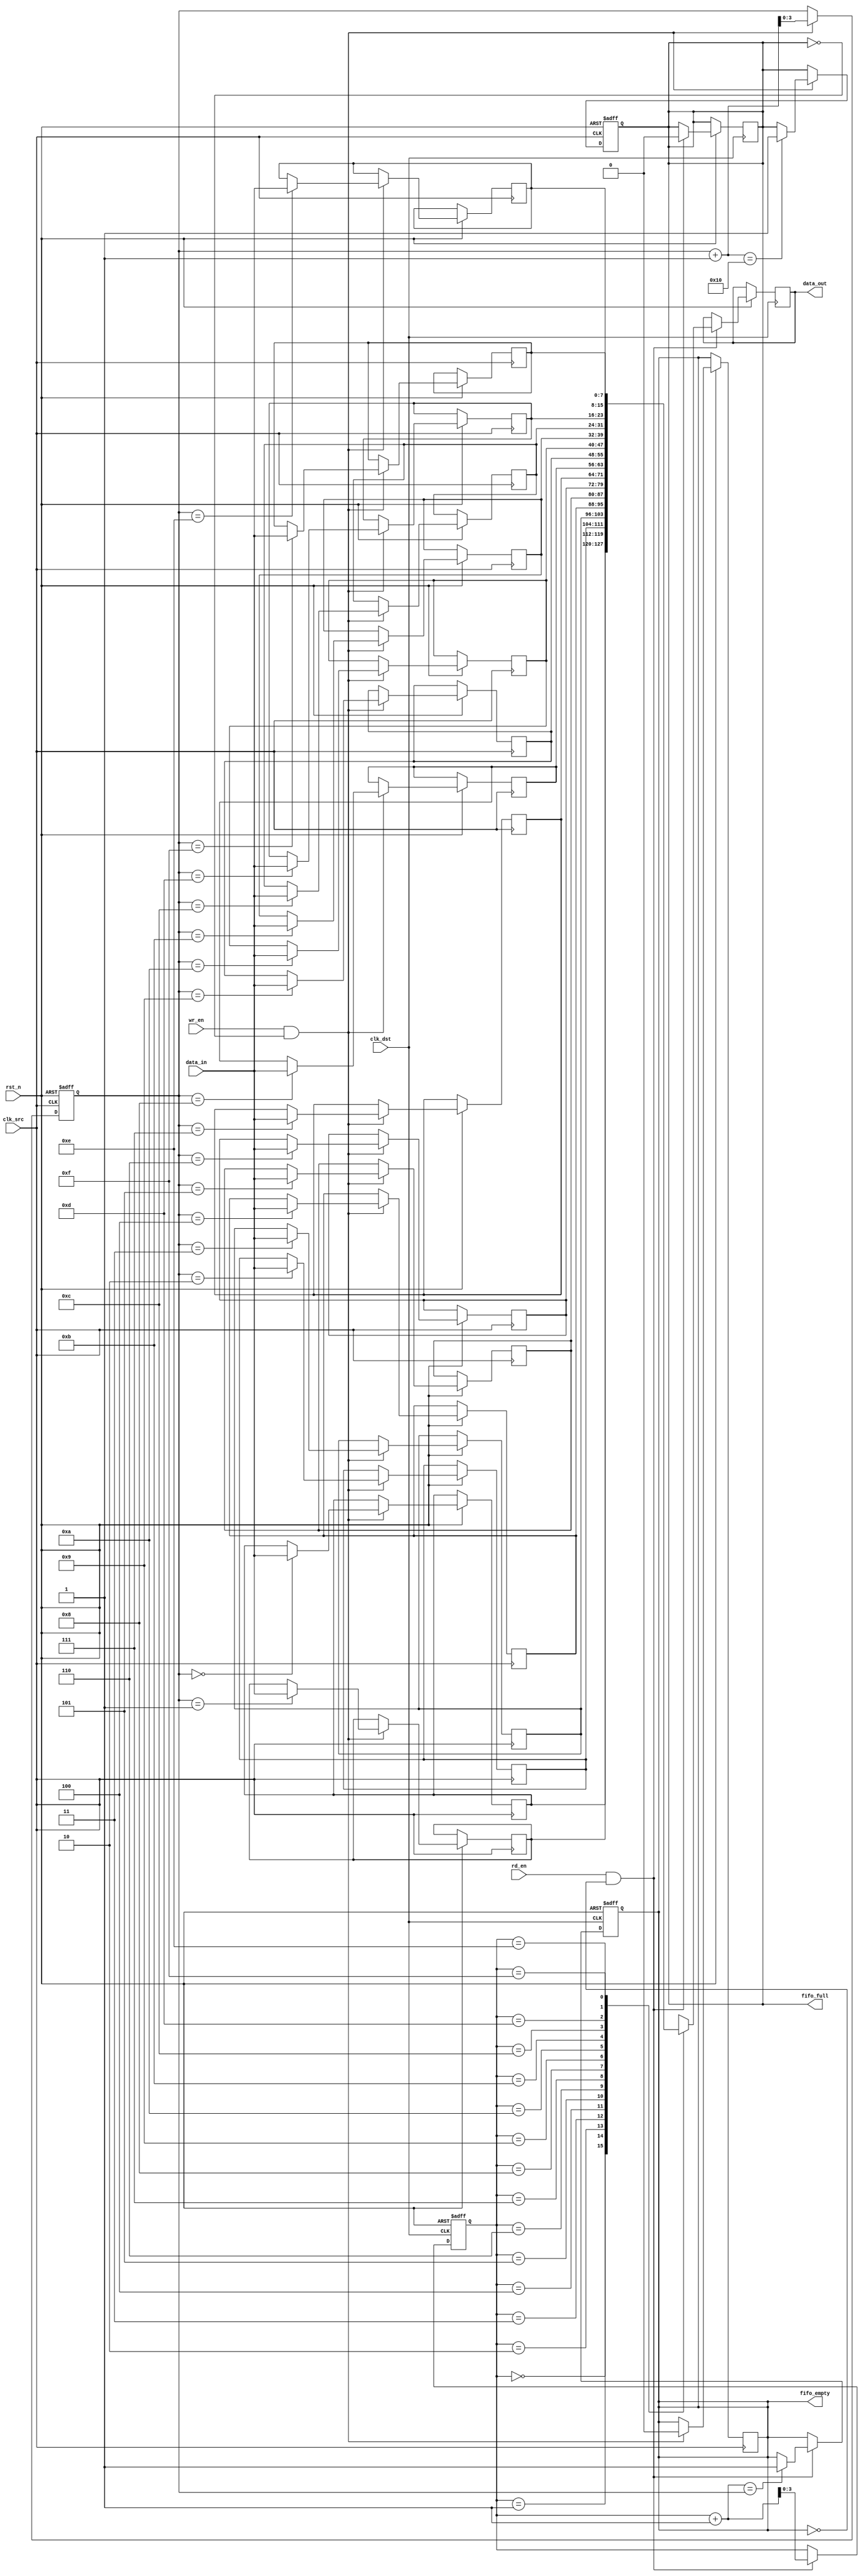
module fifo_synchronizer #(
    parameter DATA_WIDTH = 8,     // Width of the data bus
    parameter FIFO_DEPTH = 16      // Depth of the FIFO
)(
    input  wire                  clk_src,     // Source clock
    input  wire                  clk_dst,     // Destination clock
    input  wire                  rst_n,       // Active-low asynchronous reset
    input  wire [DATA_WIDTH-1:0] data_in,     // Data input from source clock domain
    input  wire                  wr_en,       // Write enable signal
    output wire                  fifo_full,    // FIFO full flag
    output wire                  fifo_empty,   // FIFO empty flag
    output wire [DATA_WIDTH-1:0] data_out,    // Data output to destination clock domain
    input  wire                  rd_en         // Read enable signal
);

// FIFO memory declaration
reg [DATA_WIDTH-1:0] fifo_mem [0:FIFO_DEPTH-1];

// Pointers for read and write operations
reg [clog2(FIFO_DEPTH)-1:0] wr_ptr;
reg [clog2(FIFO_DEPTH)-1:0] rd_ptr;

// Status flags
reg fifo_full_reg;
reg fifo_empty_reg;

// Write operation
always @(posedge clk_src or negedge rst_n) begin
    if (!rst_n) begin
        wr_ptr <= 0;
        fifo_full_reg <= 0;
    end else if (wr_en && !fifo_full_reg) begin
        fifo_mem[wr_ptr] <= data_in;
        wr_ptr <= wr_ptr + 1;
        if (wr_ptr + 1 == FIFO_DEPTH) begin
            fifo_full_reg <= 1;
        end
        fifo_empty_reg <= 0;
    end
end

// Read operation
always @(posedge clk_dst or negedge rst_n) begin
    if (!rst_n) begin
        rd_ptr <= 0;
        fifo_empty_reg <= 1;
    end else if (rd_en && !fifo_empty_reg) begin
        data_out <= fifo_mem[rd_ptr];
        rd_ptr <= rd_ptr + 1;
        if (rd_ptr + 1 == wr_ptr) begin
            fifo_empty_reg <= 1;
        end
        fifo_full_reg <= 0;
    end
end

// FIFO status flags
assign fifo_full = fifo_full_reg;
assign fifo_empty = fifo_empty_reg;

// Function to calculate the logarithm base 2
function integer clog2;
    input integer value;
    integer i;
    begin
        clog2 = 0;
        for (i = 0; (2**i) < value; i = i + 1) begin
            clog2 = i + 1;
        end
    end
endfunction

endmodule